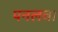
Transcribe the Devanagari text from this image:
पनलवा